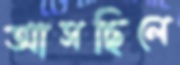
আসছিলে